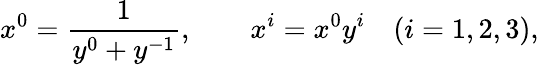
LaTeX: x^{0}=\frac 1{y^{0}+y^{-1}},\qquad x^{i}=x^{0}y^{i}\quad(i=1,2,3),